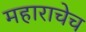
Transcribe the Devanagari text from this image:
महाराचेच